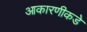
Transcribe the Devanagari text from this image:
आकारणीकडे